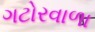
ગટોરવાળા